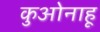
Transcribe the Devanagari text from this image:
कुओनाहू